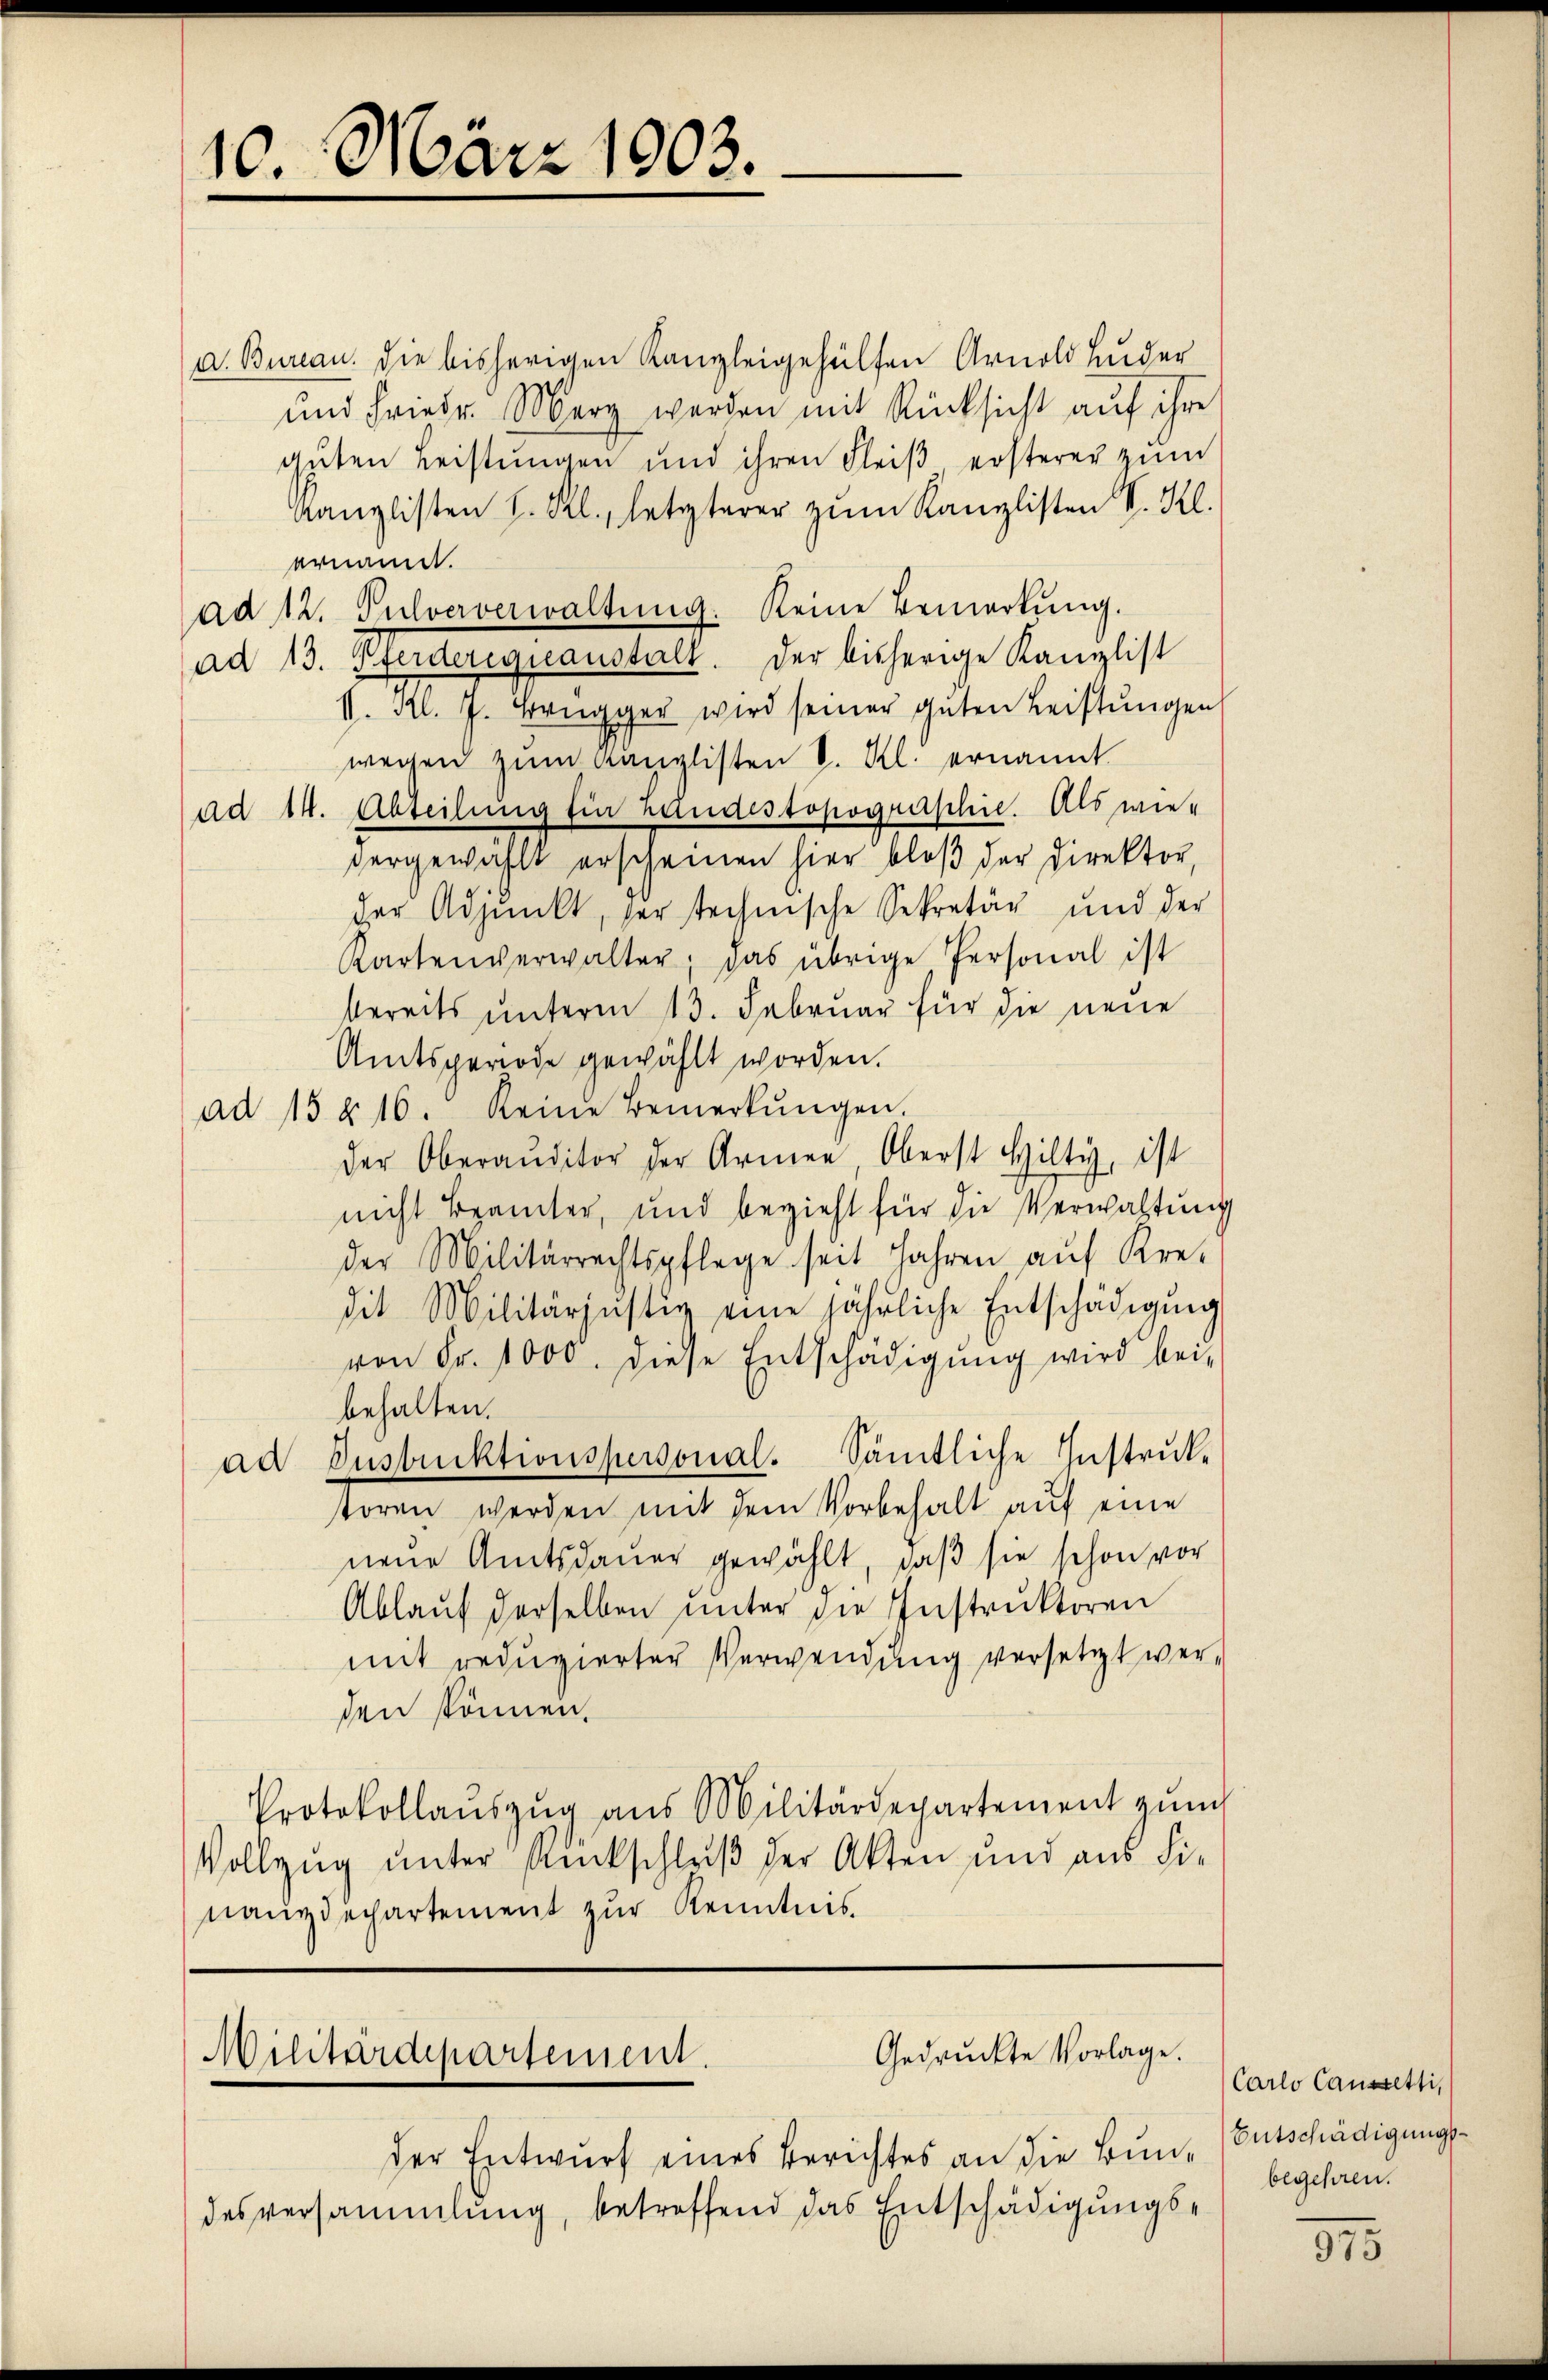
10. März 1903.

a. Bureau. die bisherigen Kanzleigehülfen Arnold Luder
und Friedr. Merz werden mit Rücksicht auf ihre
gŭten Leistŭngen und ihren Fleiβ ersterer zŭm
Kanzlisten h. Rl., letzterer zŭm Kanzlisten V. Kl.
ernannt.
ad 12. Silververwaltŭng. Keine Bemerkŭng.
ad 13. Pferderegsanstalt. Der bisherige Kanzlist
V. Kl. J. Brugger wird seiner guten Leistungen
wegen zŭm Kanzlisten V. Kl. ernannt.
ad 14. Abteilung für handestopograplin. Als wievergewählt erscheinen hier bloß der Direktor,
der Adjunkt, der technische Sekretär und der
Kartenverwalter; das übrige Personal ist
bereits unterm 13. Februar für die neue
Amtsperiode gewählt worden.
ad 15 § 16. Keine Bemerkŭngen.
der Oberauditor der Armen, Oberst Hilty, ist
nicht Beamter, und bezieht für die Verwachtung
der Militärrechtspflege seit Jahren auf Kre-
dit Militärjustiz eine jährliche Entschädigŭng
von Fr. 1000. diese Entschädigŭng wird beibehalten.
ad Instruktionspersonal. Sämtliche Instruktoren werden mit dem Vorbehalt auf eine
neue Amtsdauer gewählt, daβ sie schon vor
Ablaŭf derselben ŭnter die Instruktoren
mit reduzierter Verwendung versetzt werden können.
Protokollaŭszŭg aŭs Militärdepartement zŭm
Vollzug unter Rückschluß der Akten und aus die
nanzdechartement zur Kenntnis.

Gedruckte Vorlage.
Militärdepartement.

der Entwurf eines Berichtes an die Bundesversammlung, betreffend das Entschädigungs¬

Carlo Caussetti,
Entschädigungsbegehren.

375